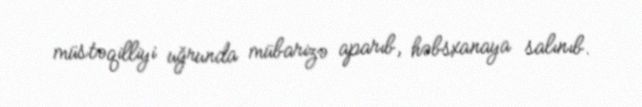
müstəqilliyi uğrunda mübarizə aparıb, həbsxanaya salınıb.